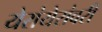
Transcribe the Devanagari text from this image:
येरांयेरांवरी